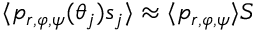
\langle p _ { r , \varphi , \psi } ( \theta _ { j } ) s _ { j } \rangle \approx \langle p _ { r , \varphi , \psi } \rangle S